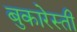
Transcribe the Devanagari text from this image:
बुकारेस्ती